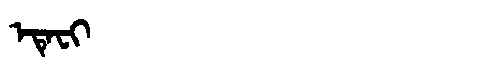
Manchu: ᡝᡨᡝᠸᡳ
Romanization: ETEFI